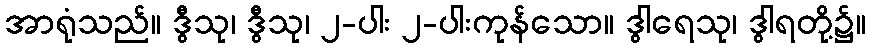
အာရုံသည်။ ဒွီသု၊ ဒွီသု၊ ၂-ပါး ၂-ပါးကုန်သော။ ဒွါရေသု၊ ဒွါရတို့၌။